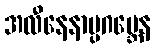
အလီနေနာပ္ပဂဗ္ဘေန